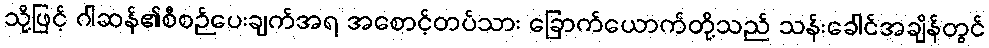
သို့ဖြင့် ဂါဆန်၏စီစဉ်ပေးချက်အရ အစောင့်တပ်သား ခြောက်ယောက်တို့သည် သန်းခေါင်အချိန်တွင်